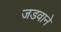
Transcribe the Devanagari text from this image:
जडवाने